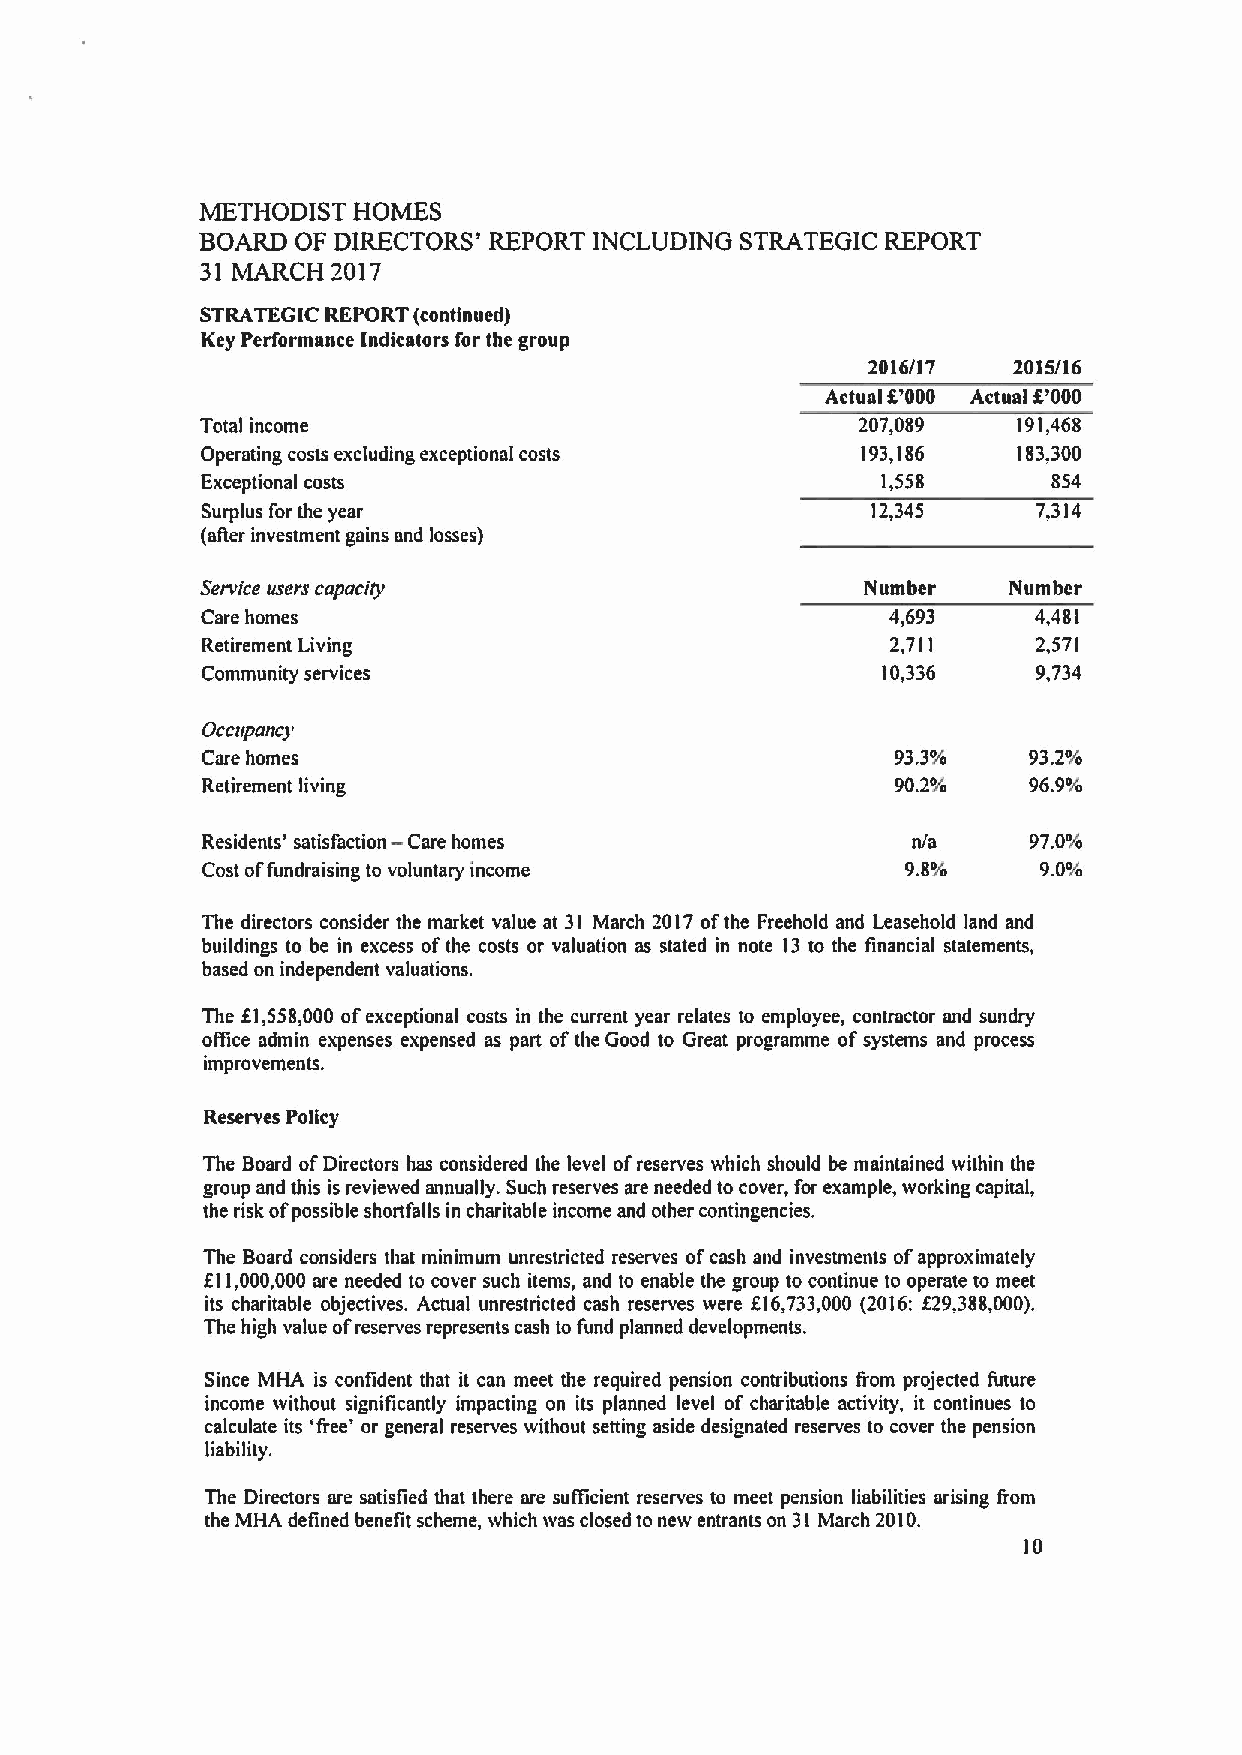
METHODIST HOMES
 BOARD  OF DIRECTORS' REPORT INCLUDING STRATEGIC REPORT
 31 MARCH 2017
 STRATEGIC REPORT (continued)
 Key Performance Indicators for the group
 2016/17  2015/16
 Actual f'000 Actual f'000
 Total income                                207,089   191,468
 Operating costs excluding exceptional costs 193,186   183,300
 Exceptional costs                            1,558       854
 Surplus for the year                         12,345     7,314
 (at)er investment gains and losses)
 Service users capacity                      Number    Number
 Care homes                                    4,693     4,481
 Retirement Living                             2,711     2,571
 Community services                           10,336     9,734
 Occupancy
 Care homes                                    93.3o/o  93.2o/o
 Retirement living                             90.2'Yo  96.9ol
 Residents' satisfaction — Care homes           n/a     97Oo/o
 Cost offundraising to voluntary income         9.8o/o   9.0o/o
 The directors consider the market value at 31 March 2017ofthe Freehold and Leasehold land and
 buildings to be in excess ofthe costs or valuation as stated in note 13 to the financial statements,
 based on independent valuations.
 The f1,558,000 ofexceptional costs in the current year relates to employee, contractor and sundry
 oflice admin expenses expensed as part ofthe Good to Great programme ofsystems and process
 improvements,
 Reserves Policy
 The Board ofDirectors has considered the level ofreserves which should be maintained within the
 group and this is reviewed annually. Such reserves are needed to cover, for example, working capital,
 the risk ofpossible shortfalls in charitable income and other contingencies.
 The Board considers that minimum unrestricted reserves ofcash and investments ofapproximately
 f11,000,000 are needed to cover such items, and to enable the group to continue to operate to meet
 its charitable objectives. Actual unrestricted cash reserves were f16,733,000 (2016:f29,388,000).
 The high value ofreserves represents cash to fund planned developments.
 Since MHA is confident that it can meet the required pension contributions from projected future
 income without significantly impacting on its planned level of charitable activity, it continues to
 calculate its 'free' or general reserves without setting aside designated reserves to cover the pension
 liability.
 The Directors are satisfied that there are sufficient reserves to meet pension liabilities arising from
 the MHA defined benefit scheme, which was closed to new entrants on 31 March 2010.
 10